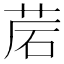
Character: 𦯰